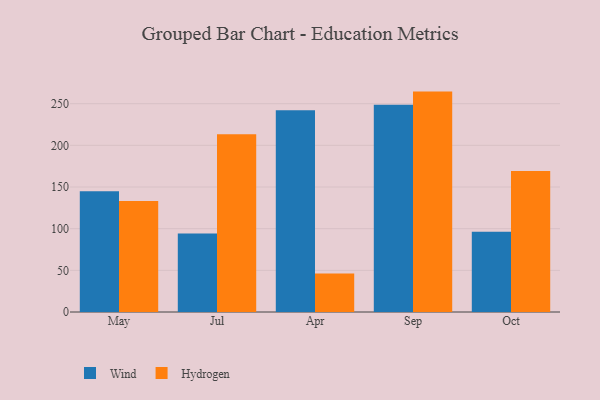
{"axis": {"x": "Month", "y": "Population (Million)"}, "legend": ["Hydrogen", "Wind"], "data": [{"x": "May", "y": 144.9, "type": "Wind"}, {"x": "May", "y": 133.1, "type": "Hydrogen"}, {"x": "Jul", "y": 94.1, "type": "Wind"}, {"x": "Jul", "y": 213.4, "type": "Hydrogen"}, {"x": "Apr", "y": 242.0, "type": "Wind"}, {"x": "Apr", "y": 46.3, "type": "Hydrogen"}, {"x": "Sep", "y": 248.7, "type": "Wind"}, {"x": "Sep", "y": 264.5, "type": "Hydrogen"}, {"x": "Oct", "y": 96.4, "type": "Wind"}, {"x": "Oct", "y": 169.3, "type": "Hydrogen"}]}